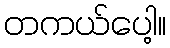
တကယ်ပေါ့။